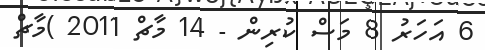
6 އަހަރު 8 މަސް ކުރިން - 14 މާޗް 2011 )މާޗް